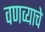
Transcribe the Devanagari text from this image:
वणव्याचे